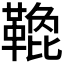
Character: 𩌟